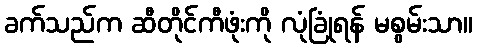
ခက်သည်က ဆီတိုင်ကီဖုံးကို လုံခြုံရန် မစွမ်းသာ။